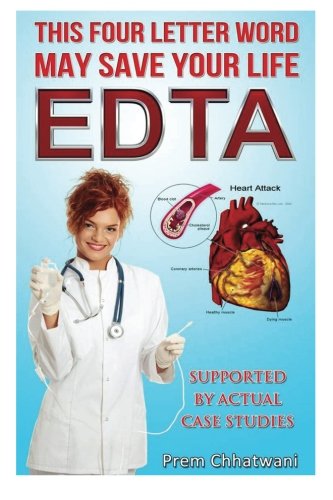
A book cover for E D T A: This Four Letter Word May save Your Life Using Chelation Therapy; Prem Chhatwani; Health, Fitness & Dieting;